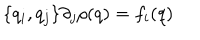
\{ q _ { i } , q _ { j } \} \partial _ { j } \rho ( q ) = f _ { i } ( q )